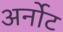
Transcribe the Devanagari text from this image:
अर्नोट